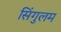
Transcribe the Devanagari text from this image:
सिंगुलम